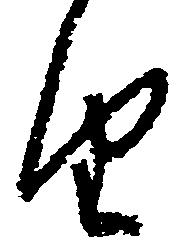
由